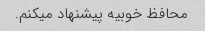
محافظ خوبیه پیشنهاد میکنم.